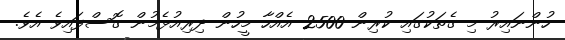
ހުންނައިރު މި ގެތަކުގައި ކުރިން 2500 އެއްހާ މީހުން ދިރިއުޅެމުން ގޮސްފައިވެ އެވެ.